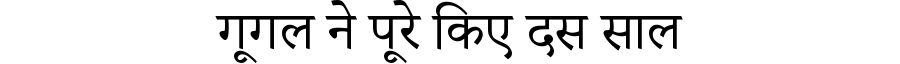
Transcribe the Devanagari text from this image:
गूगल ने पूरे किए दस साल